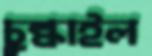
চুল্‌কাইল